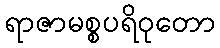
ရာဇာမစ္စပရိဝုတော